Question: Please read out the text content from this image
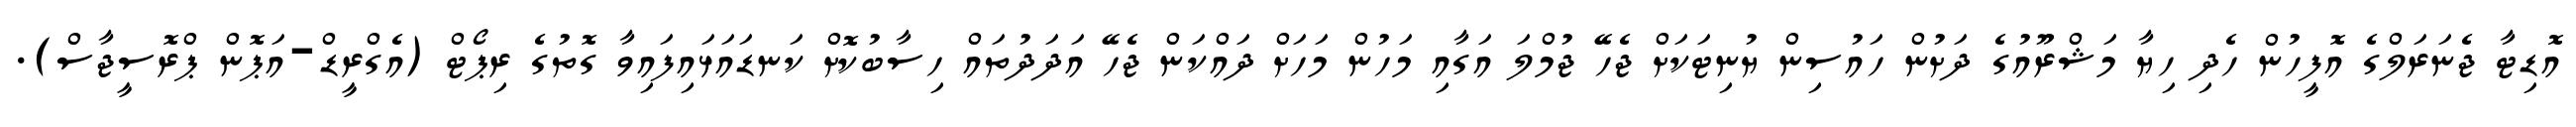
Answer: އޮޑިޓާ ޖެނަރަލްގެ އޮފީހުން ހެދި ހިޔާ މަޝްރޫއުގެ ދަށުން ހައުސިން ޔުނިޓަކަށް ޖެހޭ ޖުމްލަ އަގާއި މަހުން މަހަށް ދައްކަން ޖެހޭ އަދަދުތައް ހިސާބުކޮށް ކަނޑައަޅައިފައިވާ ގޮތުގެ ރިޕޯޓް (އެގްރީޑް-އަޕޮން ޕްރޮސީޖާސް).